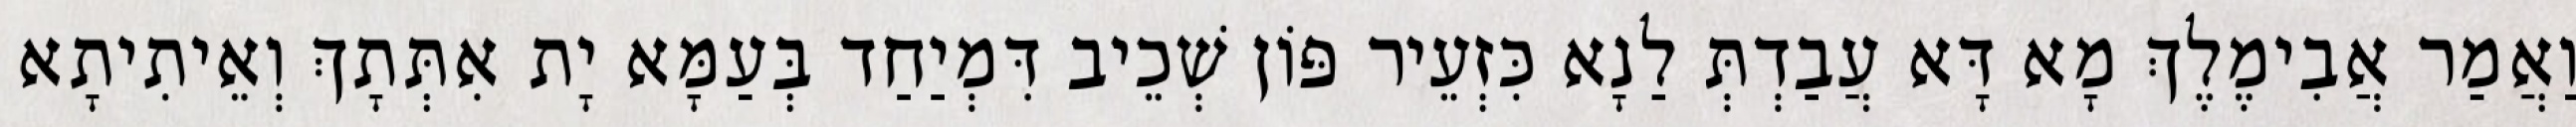
וַאֲמַר אֲבִימֶלֶךְ מָא דָּא עֲבַדְתְּ לַנָא כִּזְעֵיר פּוֹן שְׁכֵיב דִּמְיַחַד בְּעַמָּא יָת אִתְּתָךְ וְאֵיתִיתָא